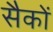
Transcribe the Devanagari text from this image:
सैकों